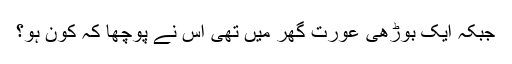
جبکہ ایک بوڑھی عورت گھر میں تھی اس نے پوچھا کہ کون ہو؟